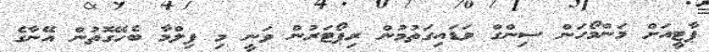
ޕާޓީއަށް މަންމޯހަން ސިންގް ވަޑައިގަތުމުން ރިޕޯޓަރުން ވަނީ މި ފިލްމާ ބެހޭގޮތުން އޭނާގެ